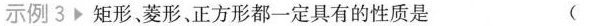
示例3矩形、菱形、正方形都一定具有的性质是 （